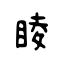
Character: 睖